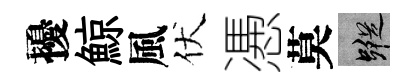
擾鯨風伏慿莫蹤